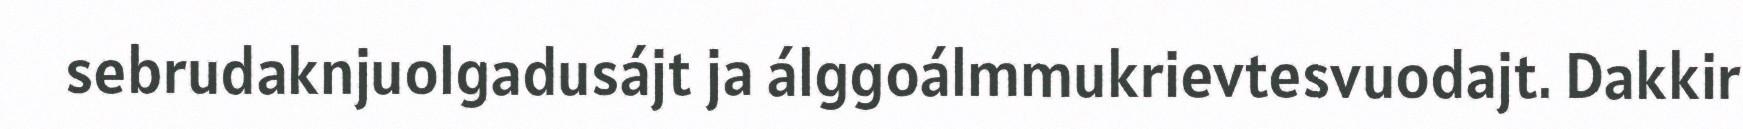
sebrudaknjuolgadusájt ja álggoálmmukrievtesvuodajt. Dakkir